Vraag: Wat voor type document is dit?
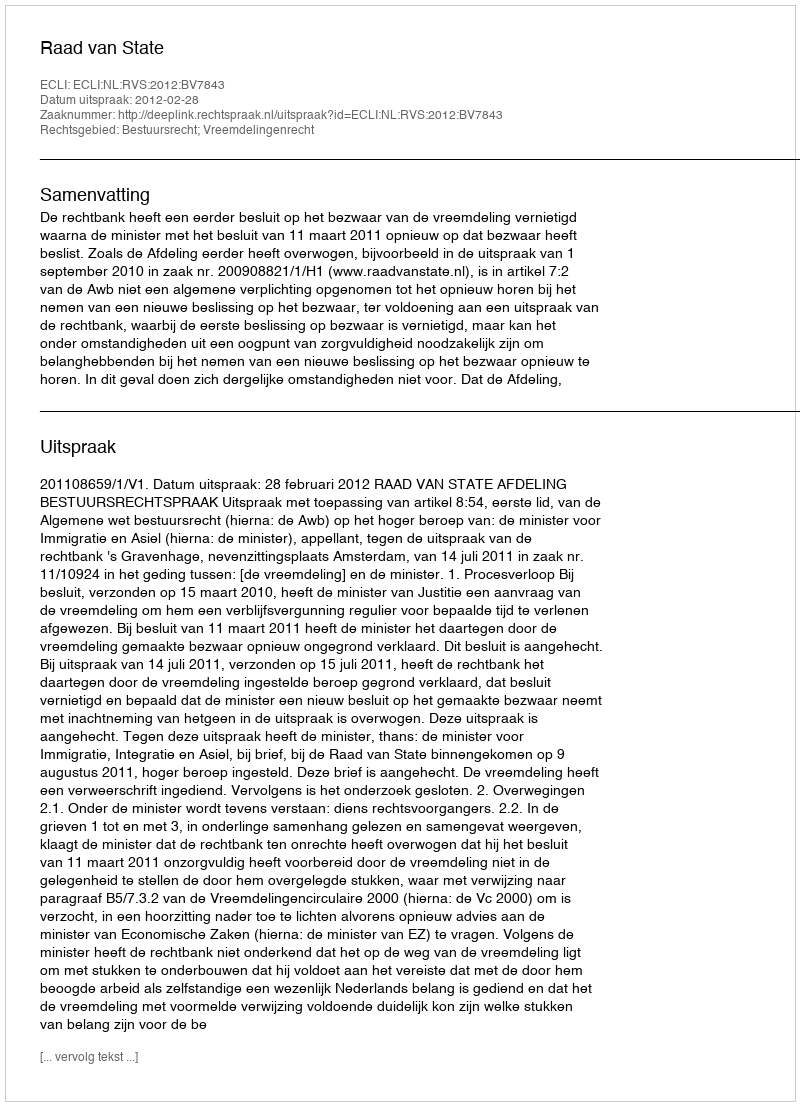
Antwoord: Uitspraak